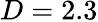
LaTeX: D=2.3